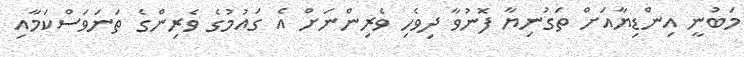
މަބުނީ އިންޑިޔާއަށް ތަގުނިޔާ ފޮނުވާ ދިވެހި ވެރިންނަށް އެ ގައުމުގެ ވެރިންގެ ތަނަވަސްކަމާއި